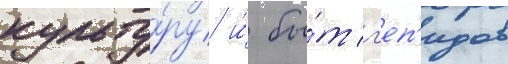
культу́ру и́ бы́т г'еп'идов